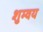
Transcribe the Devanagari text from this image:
शुम्वय